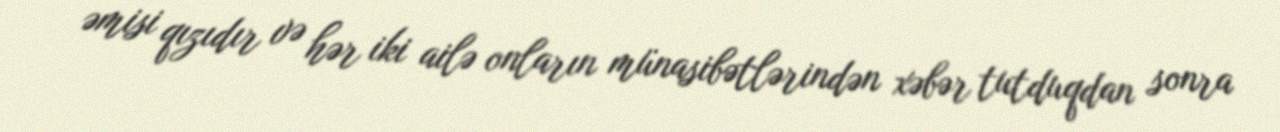
əmisi qızıdır və hər iki ailə onların münasibətlərindən xəbər tutduqdan sonra